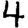
Digit: 4